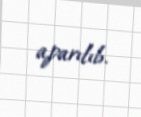
aparılıb.